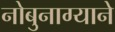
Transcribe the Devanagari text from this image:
नोबुनाग्याने